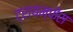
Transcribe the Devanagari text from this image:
ट्रायम्फेंस